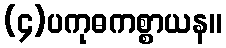
(၄)ပကုဓကစ္စာယန။